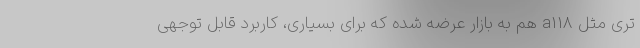
تری مثل a118 هم به بازار عرضه شده که برای بسیاری، کاربرد قابل توجهی